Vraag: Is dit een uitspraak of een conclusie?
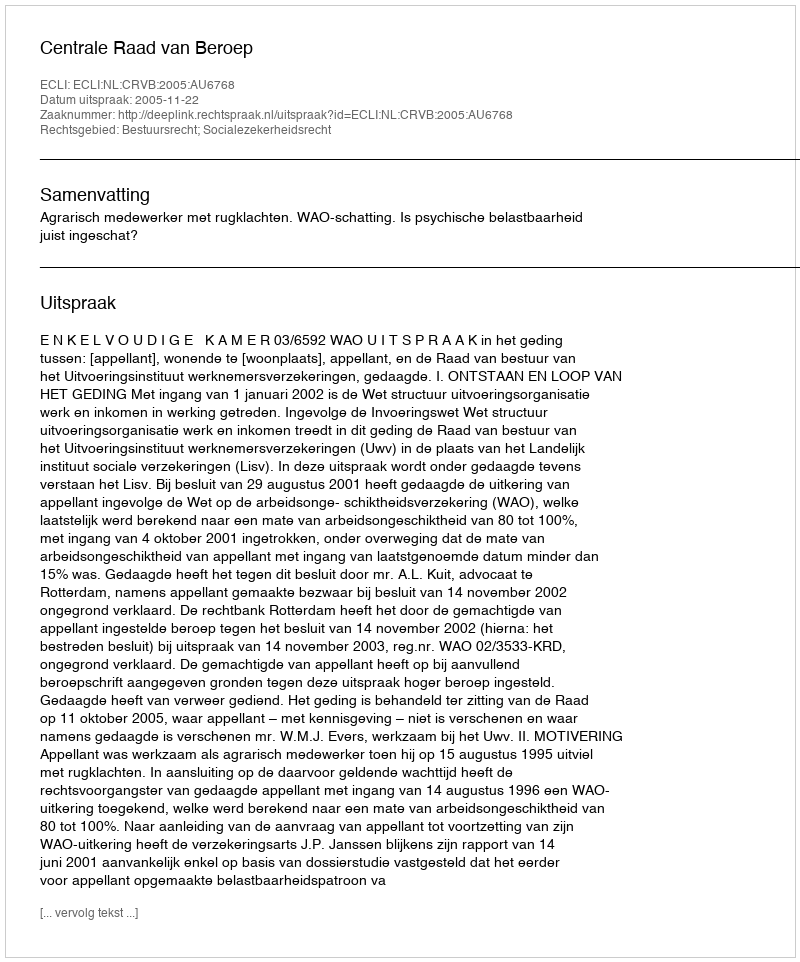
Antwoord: Uitspraak